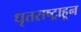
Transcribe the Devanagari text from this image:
धृतराष्ट्राहून